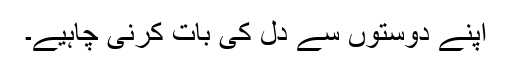
اپنے دوستوں سے دل کی بات کرنی چاہیے۔